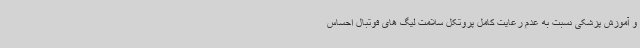
و آموزش پزشکی نسبت به عدم رعایت کامل پروتکل سلامت لیگ های فوتبال احساس